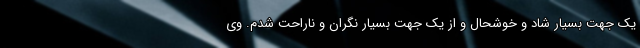
یک جهت بسیار شاد و خوشحال و از یک جهت بسیار نگران و ناراحت شدم. وی